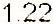
1.22